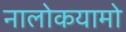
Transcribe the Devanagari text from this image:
नालोकयामो